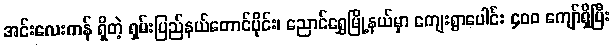
အင်းလေးကန် ရှိတဲ့ ရှမ်းပြည်နယ်တောင်ပိုင်း၊ ညောင်ရွှေမြို့နယ်မှာ ကျေးရွာပေါင်း ၄၀၀ ကျော်ရှိပြီး